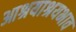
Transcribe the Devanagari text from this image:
आश्रयाश्रयभाव